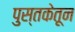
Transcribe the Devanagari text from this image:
पुस्तकेतून